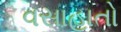
વસાહાતો